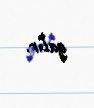
qalır.